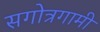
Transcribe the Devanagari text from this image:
सगोत्रगामी